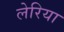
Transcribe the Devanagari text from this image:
लेरिया